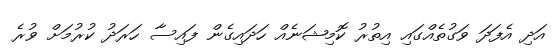
އަދި އެފަދަ ވަގުތެއްގައި އިތުރު ކޮމިޝަނެއް ހަދައިގެން ފައިސާ ހަރަދު ކުރުމަށް ވުރެ